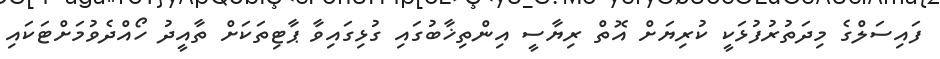
ފައިސަލްގެ މިދަތުުރުފުޅަކީ ކުރިޔަށް އޮތް ރިޔާސީ އިންތިޚާބުގައި ގުޅިގައިވާ ޕާޓިތަކަށް ތާއީދު ހޯއްދެވުމަށްޓަކައި